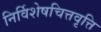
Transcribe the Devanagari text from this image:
निर्विशेषचित्तवृत्ति